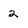
Character: 2